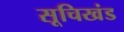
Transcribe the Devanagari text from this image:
सूचिखंड